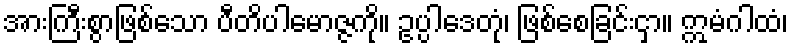
အားကြီးစွာဖြစ်သော ပီတိပါမောဇ္ဇကို။ ဥပ္ပါဒေတုံ၊ ဖြစ်စေခြင်းငှာ။ ဣမံဂါထံ၊